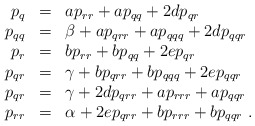
\begin{align*}\begin{array}{rcl} p_q &=& a p_{rr} + a p_{qq} + 2d p_{qr}\\ p_{qq} &=& \beta + a p_{qrr} + a p_{qqq} + 2d p_{qqr}\\ p_r &=& b p_{rr} + b p_{qq} + 2ep_{qr}\\ p_{qr} &=& \gamma + b p_{qrr} + b p_{qqq} + 2e p_{qqr}\\ p_{qr} &=& \gamma + 2d p_{qrr} + a p_{rrr} + a p_{qqr}\\ p_{rr} &=& \alpha + 2e p_{qrr} + b p_{rrr} + b p_{qqr}\ .\end{array}\end{align*}